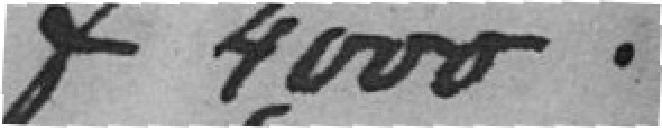
f 4000